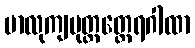
မာလုကျပုတ္တတ္ထေရဂါထာ